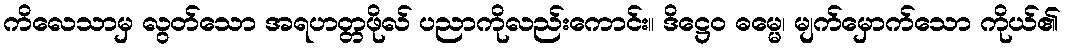
ကိလေသာမှ လွတ်သော အရဟတ္တဖိုလ် ပညာကိုလည်းကောင်း။ ဒိဋ္ဌေဝ ဓမ္မေ၊ မျက်မှောက်သော ကိုယ်၏